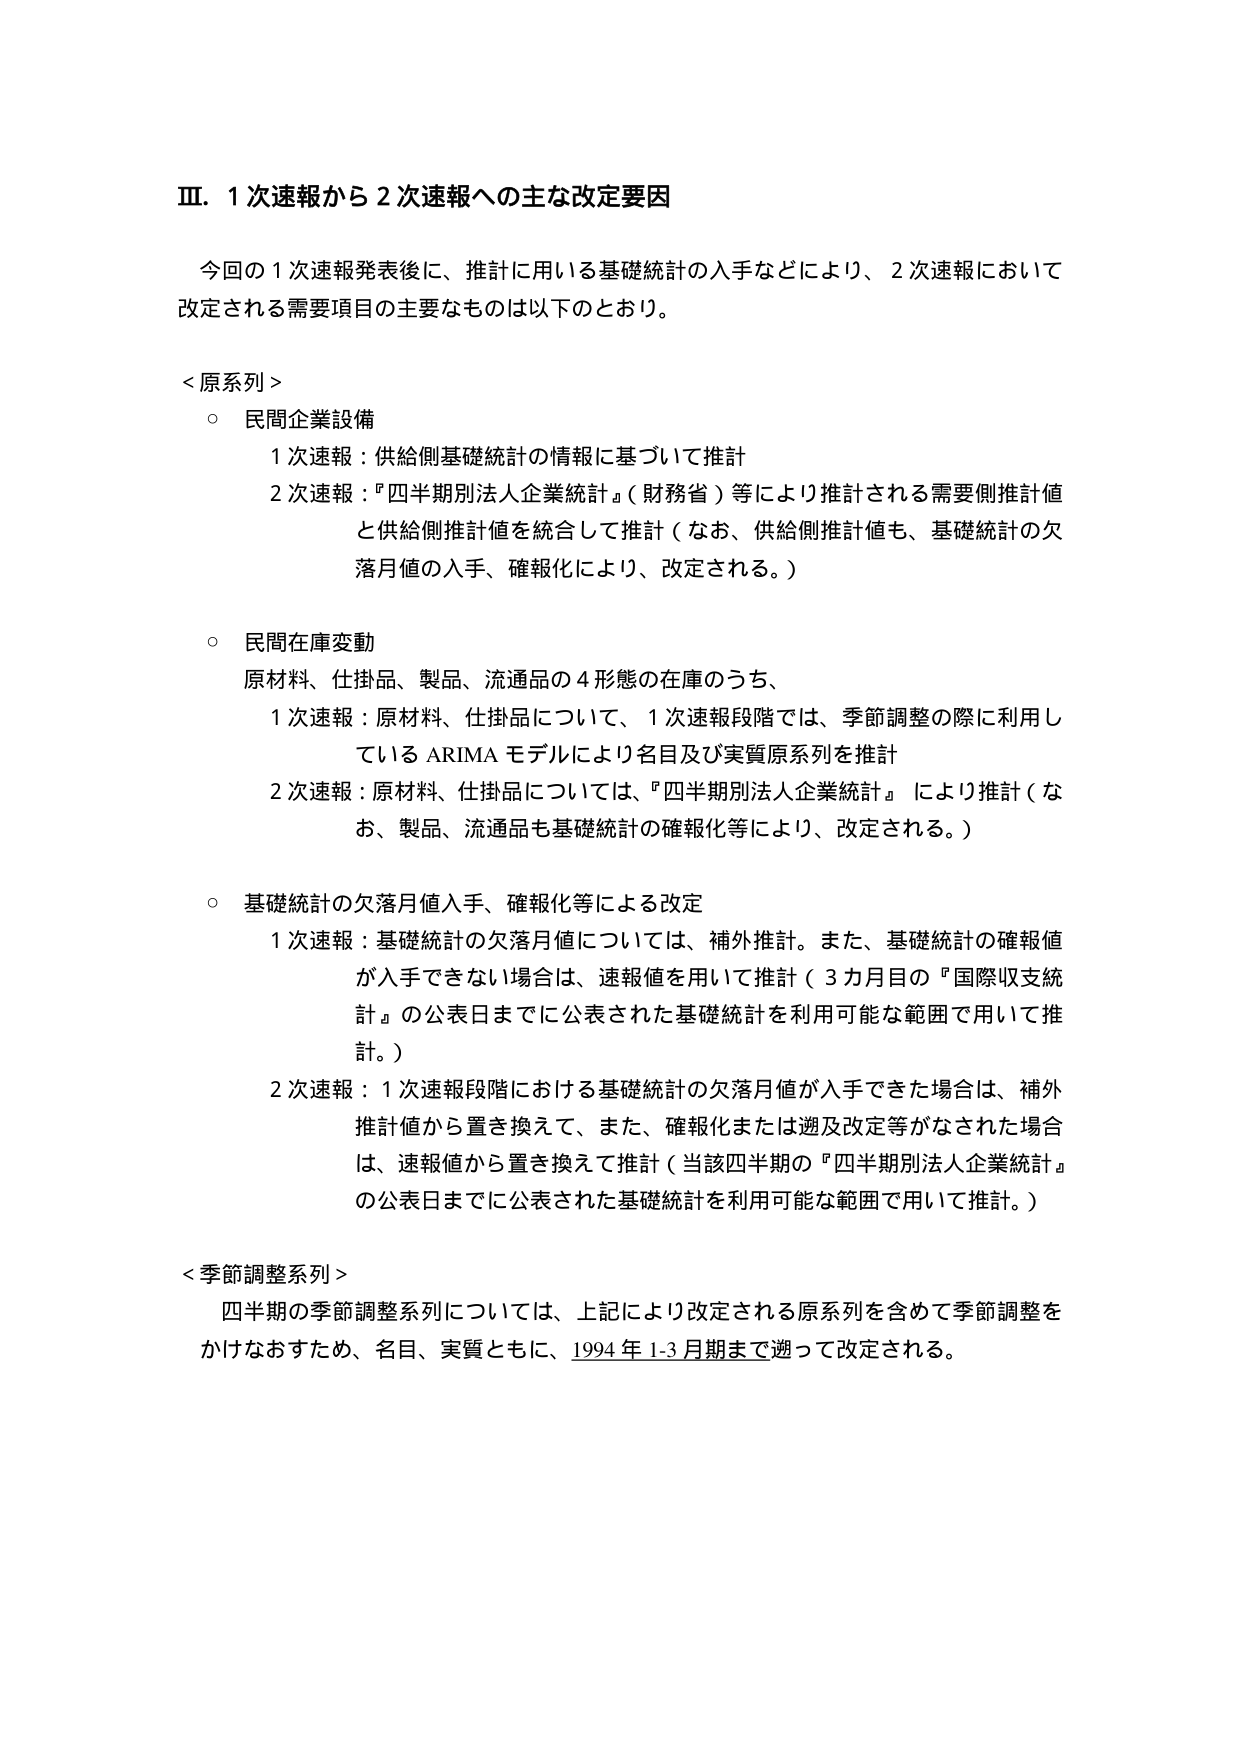
Ⅲ．１次速報から２次速報への主な改定要因

今回の１次速報発表後に、推計に用いる基礎統計の入手などにより、２次速報において改定される需要項目の主なものは以下のとおり。

＜原系列＞
○ 民間企業設備
　１次速報：供給側基礎統計の情報に基づいて推計
　２次速報：『四半期別法人企業統計』（財務省）等により推計される需要側推計値と供給側推計値を統合して推計（なお、供給側推計値も、基礎統計の欠落月値の入手、確報化により、改定される。）

○ 民間在庫変動
　原材料、仕掛品、製品、流通品の４形態の在庫のうち、
　１次速報：原材料、仕掛品について、１次速報段階では、季節調整の際に利用しているARIMAモデルにより名目及び実質原系列を推計
　２次速報：原材料、仕掛品については、『四半期別法人企業統計』により推計（なお、製品、流通品も基礎統計の確報化等により、改定される。）

○ 基礎統計の欠落月値入手、確報化等による改定
　１次速報：基礎統計の欠落月値については、補外推計。また、基礎統計の確報値が入手できない場合は、速報値を用いて推計（３カ月目の『国際収支統計』の公表日までに公表された基礎統計を利用可能な範囲で用いて推計。）
　２次速報：１次速報段階における基礎統計の欠落月値が入手できた場合は、補外推計値から置き換えて、また、確報化または遡及改定等がなされた場合は、速報値から置き換えて推計（当該四半期の『四半期別法人企業統計』の公表日までに公表された基礎統計を利用可能な範囲で用いて推計。）

＜季節調整系列＞
　四半期の季節調整系列については、上記により改定される原系列を含めて季節調整をかけなおすため、名目、実質ともに、1994年1-3月期まで遡って改定される。